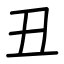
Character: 丑